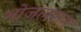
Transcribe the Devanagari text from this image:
भोजलराम